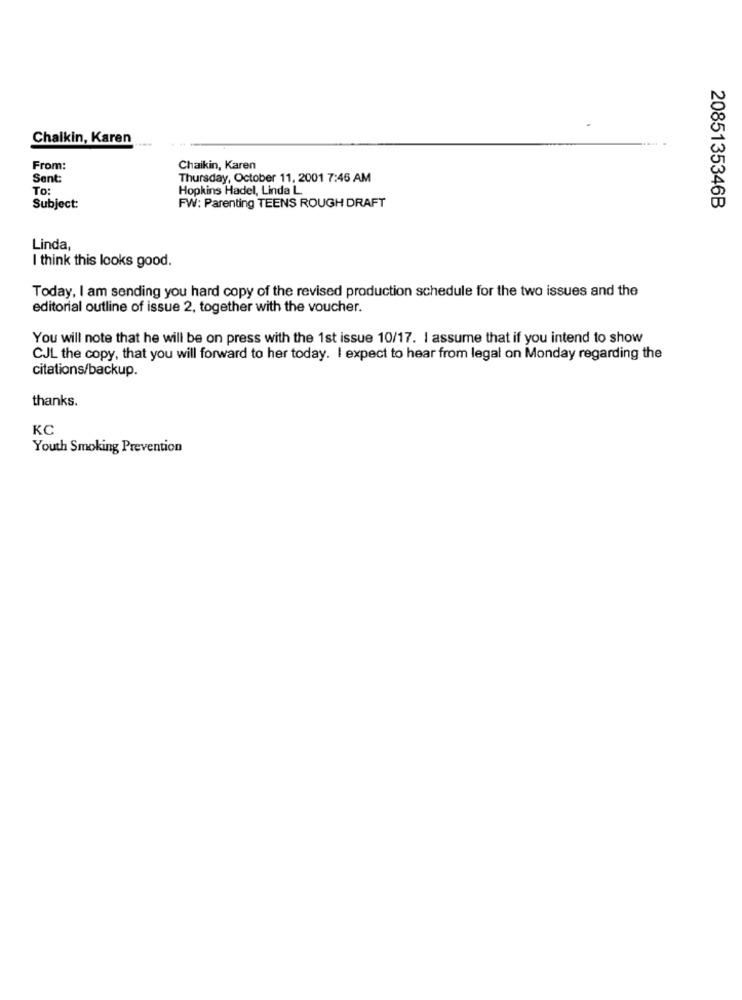
Chalkin, Karen
From:
Chaikin, Karen
Sent:
Thursday, October 11, 2001 7:46 AM
To:
Hopkins Hadel, Linda L.
Subject:
FW: Parenting TEENS ROUGH DRAFT
2085135346B
Linda,
I think this looks good.
Today, I am sending you hard copy of the revised production schedule for the two issues and the
editorial outline of issue 2, together with the voucher.
You will note that he will be on press with the 1st issue 10/17. I assume that if you intend to show
CJL the copy, that you will forward to her today. I expect to hear from legal on Monday regarding the
citations/backup.
thanks.
KC
Youth Smoking Prevention